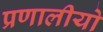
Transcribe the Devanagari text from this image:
प्रणालीयो